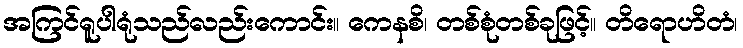
အကြင်ရူပါရုံသည်လည်းကောင်း။ ကေနစိ၊ တစ်စုံတစ်ခုဖြင့်။ တိရောဟိတံ၊